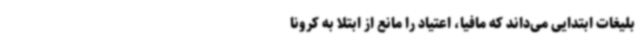
بلیغات ابتدایی می‌داند که مافیا، اعتیاد را مانع از ابتلا به کرونا